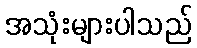
အသုံးများပါသည်